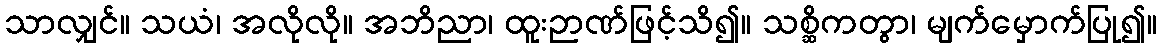
သာလျှင်။ သယံ၊ အလိုလို။ အဘိညာ၊ ထူးဉာဏ်ဖြင့်သိ၍။ သစ္ဆိကတွာ၊ မျက်မှောက်ပြု၍။